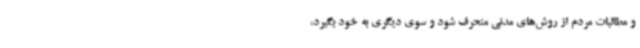
و مطالبات مردم از روش‌های مدنی منحرف شود و سوی دیگری به خود بگیرد،